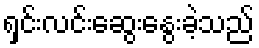
ရှင်းလင်းဆွေးနွေးခဲ့သည်